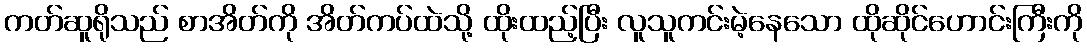
ကတ်ဆူရိုသည် စာအိတ်ကို အိတ်ကပ်ထဲသို့ ထိုးထည့်ပြီး လူသူကင်းမဲ့နေသော ထိုဆိုင်ဟောင်းကြီးကို